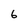
Character: 6